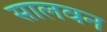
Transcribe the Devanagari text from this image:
सालवन